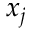
x _ { j }